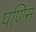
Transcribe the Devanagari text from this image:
पणिन